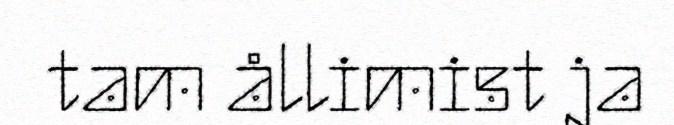
tam ållimist ja